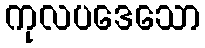
ကုလပဒေသော